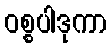
ဝစ္စပါဒုကာ